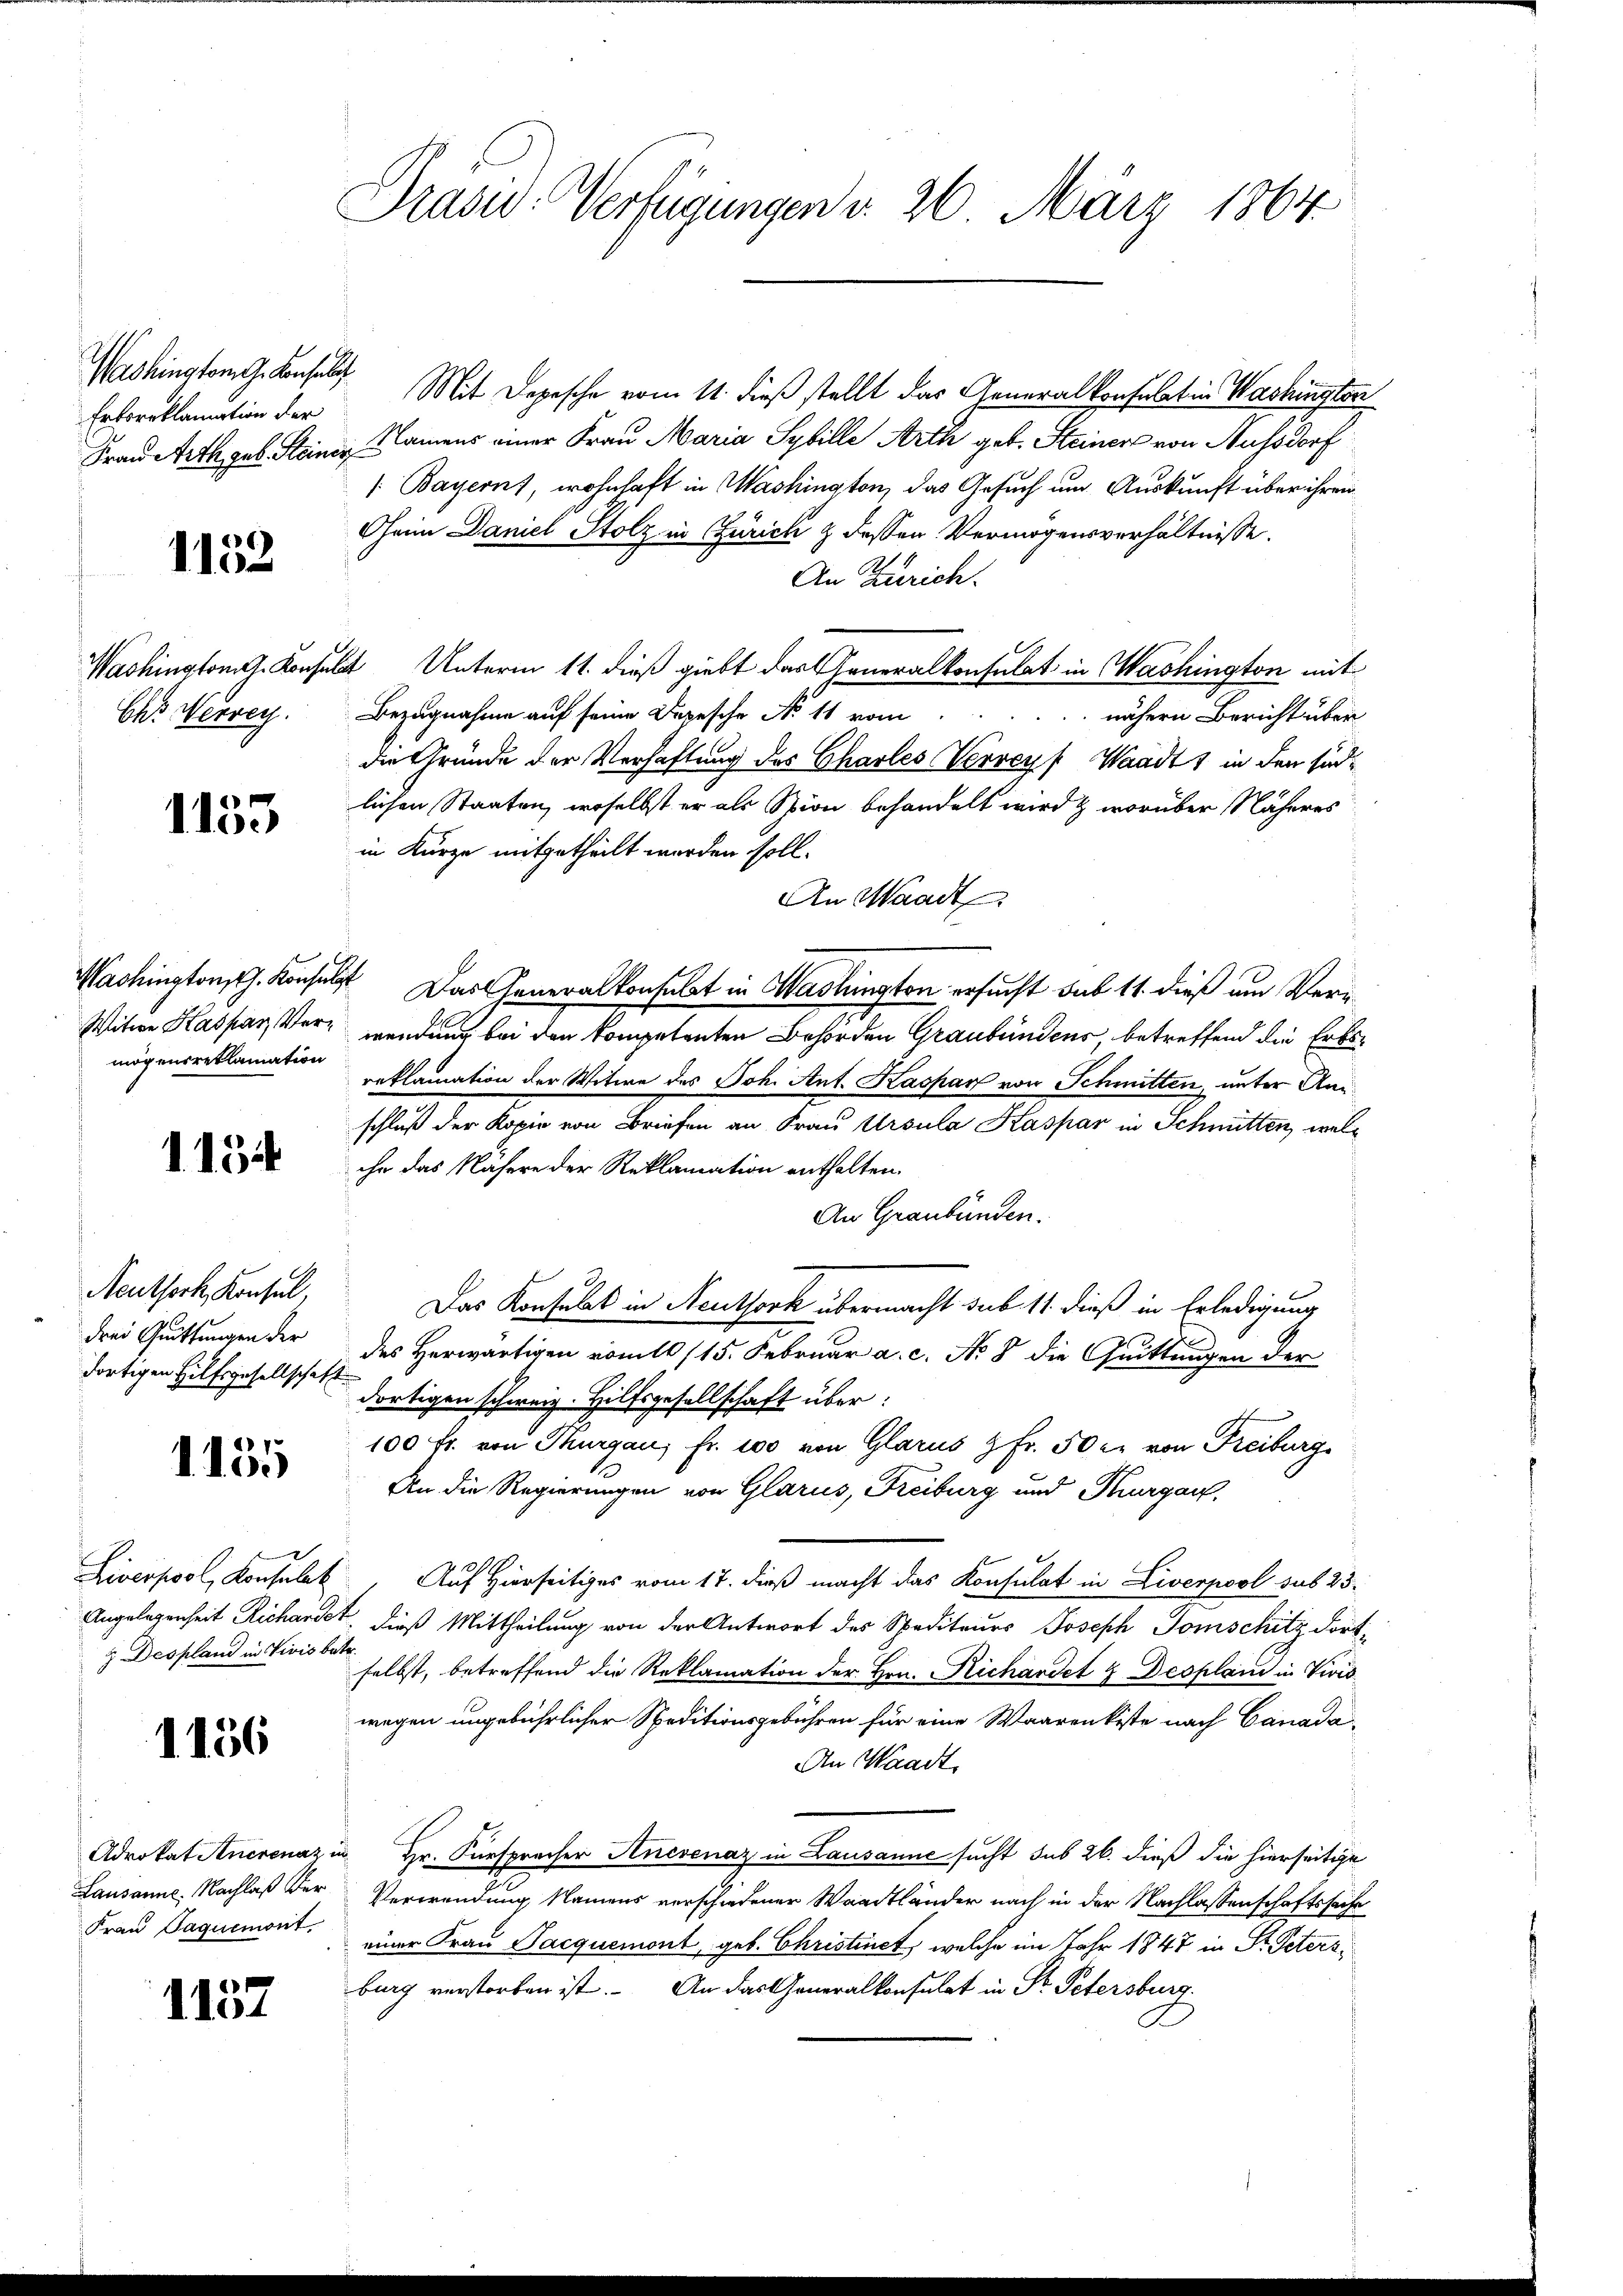
Washington G. Konsul
Erkoreklamation der
Frau Arth geb. Steiner

1152

Chr Nervey

1133

Washingtonsth. Konsulat
mögensreklamation

1154

Reuthork, Konsul,
drei Quittungen der
dortigen Hilfsgesellschaft

1155

z. Despland in Vivis betr

1156

Lausanne. Nachlaß der
Frau Paquemont.

1137

Prasid. Verfügungen d. 26. März 1864

Mit Depesche vom 11. dieß stellt das Generalkonsulat in Washington
Namens einer Frau Maria Sybille Arth geb. Steiner von Aussdorf
/Bayernt, wohnhaft in Washington, das Gesuch um Auskunft über ihren
Oheim Daniel Stolz in Zürich & dessen Vermögensverhältnisse.
An Zürich.
Washington G. Konsulat Unterm 11. dieß giebt das Generalkonsulat in Washington mit
Bezugnahme auf seine Depesche No 11 vom
nähern Bericht über
die Gründe der Verhaftung des Charles Verreyf Waadt, in den südlichen Staaten, woselbst er als Stion behandelt wird & worüber Näheres
in Kürze mitgetheilt worden soll.
An Waadt
Das Generalkonsulat in Haslington ersucht sub 11. dieß um Ver¬
Witwe Kaspar Ver- wendung bei den kompetenten Behörden Graubündens, betreffend die Erbsreklamation der Witwe des Joh. Ant. Kaspar von Schmitten, unter Anschluß der Kopie von Briefen an Frau Ursula Kaspar in Schmitten, welihr das Nähere der Reklamation enthalten.
An Graubünden.
Das Konsulat in Neuthork übermacht sub 11. dieß in Erledigung
des Herwärtigen vom 15. Februar a. c. No 8 die Quittungen der
dortigen schweiz. Hilfsgesellschaft über:
100 fr. von Thurgau, Fr. 100 von Glarus & Fr. 50 xr von Freiburg
An die Regierungen von Glarus, Freiburg und Thurgau,
Liverpool, Konsulat. Auf Hierseitiges vom 17. dieß macht das Konsulat in Liverpool sub 23.
Angelegenheit Richandet, dieß Mittheilung von der Antwort des Spediteurs Joseph Tomschitz dortselbst, betreffend die Reklamation der Hrn. Richardet & Desplan in Vivis
wegen ungebührlicher Speditionsgebühren für eine Waarenkiste nach Canada-
An Waadt,
Advokat Anerenaz in Hr. Fürsprecher Anesenaz in Lausanne sucht sub 26. dieß die hierseitige
Verwendung Namens verschiedener Waadtländer nach in der Nachlassenschaftssache
einer Frau Sacquemont, geb. Christinet, welche im Jahr 1847 in St. Petersburg verstorben ist. An das Generalkonsulat in Fr. Petersburg.